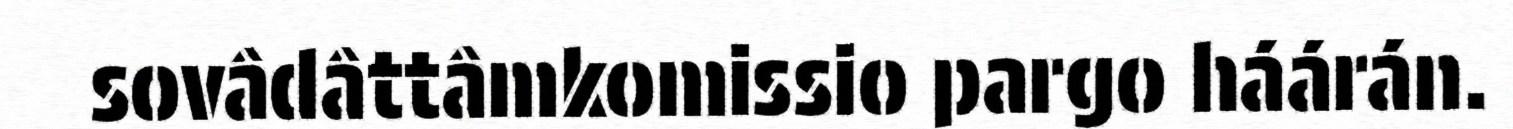
sovâdâttâmkomissio pargo háárán.